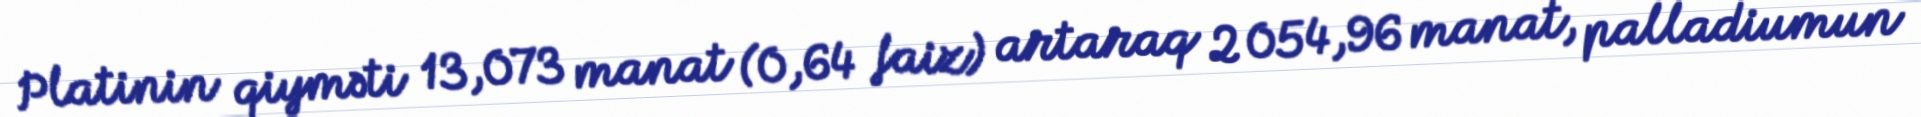
Platinin qiyməti 13,073 manat (0,64 faiz) artaraq 2 054,96 manat, palladiumun